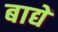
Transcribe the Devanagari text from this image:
बाद्यें